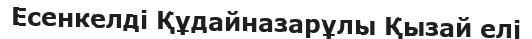
Есенкелді Құдайназарұлы Қызай елі